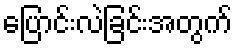
ပြောင်းလဲခြင်းအတွက်